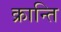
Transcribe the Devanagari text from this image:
क्रान्‍ति